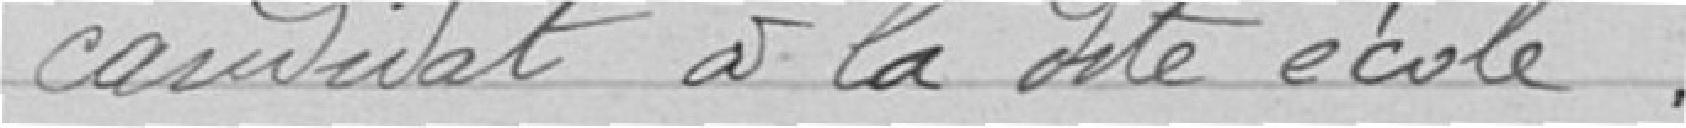
candidat à ladite école